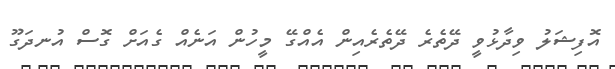
އޮފިޝަލު ވިދާޅުވީ ދޭތެރެ ދޭތެރެއިން އެއްގޭ މީހުން އަނެއް ގެއަށް ގޮސް އުނދަގޫ